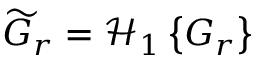
\widetilde { G } _ { r } = \mathcal { H } _ { 1 } \left\{ G _ { r } \right\}